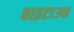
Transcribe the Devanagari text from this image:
बाइटाउन